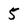
Character: 5